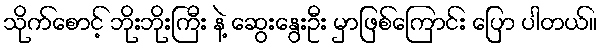
သိုက်စောင့် ဘိုးဘိုးကြီး နဲ့ ဆွေးနွေးဦး မှာဖြစ်ကြောင်း ပြော ပါတယ်။